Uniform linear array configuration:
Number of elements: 32
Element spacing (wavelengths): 0.75
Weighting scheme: kaiser
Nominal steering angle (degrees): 0
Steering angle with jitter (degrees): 0.4702
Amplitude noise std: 0.05
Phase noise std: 0.05

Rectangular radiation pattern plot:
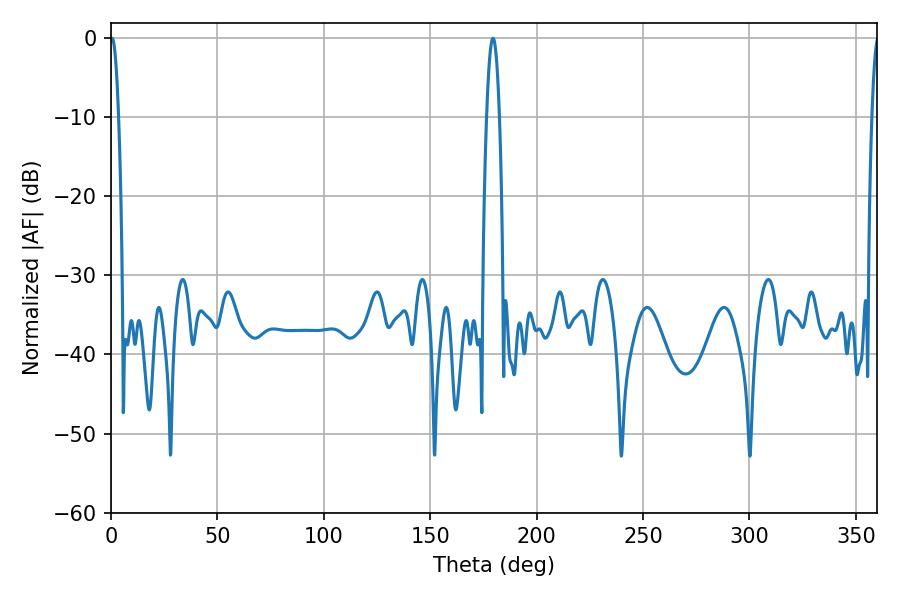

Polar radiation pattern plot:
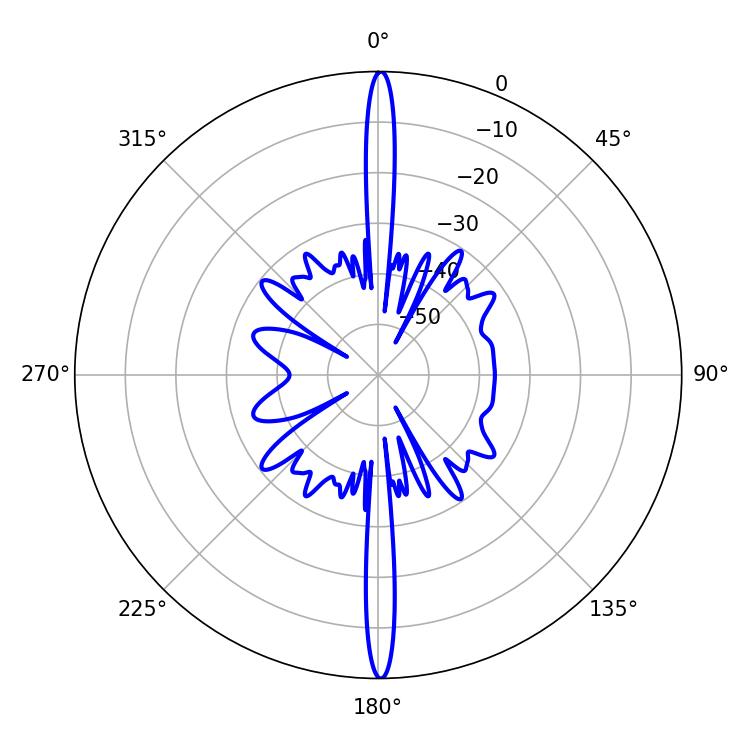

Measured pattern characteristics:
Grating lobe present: TRUE
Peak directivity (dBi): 32.405
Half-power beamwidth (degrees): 2.16
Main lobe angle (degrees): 0.54